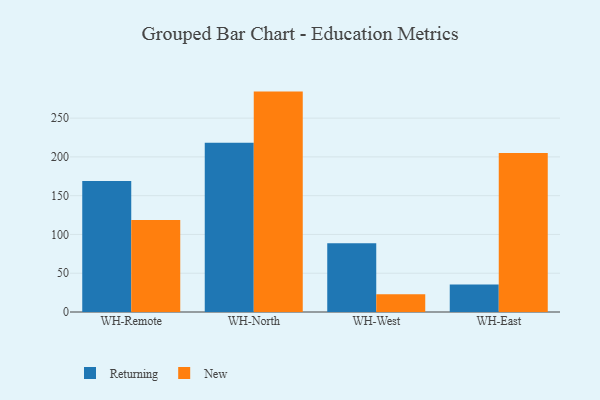
{"axis": {"x": "Warehouse", "y": "Headcount"}, "legend": ["New", "Returning"], "data": [{"x": "WH-Remote", "y": 168.9, "type": "Returning"}, {"x": "WH-Remote", "y": 118.5, "type": "New"}, {"x": "WH-North", "y": 218.1, "type": "Returning"}, {"x": "WH-North", "y": 284.2, "type": "New"}, {"x": "WH-West", "y": 88.8, "type": "Returning"}, {"x": "WH-West", "y": 23.0, "type": "New"}, {"x": "WH-East", "y": 35.4, "type": "Returning"}, {"x": "WH-East", "y": 204.9, "type": "New"}]}